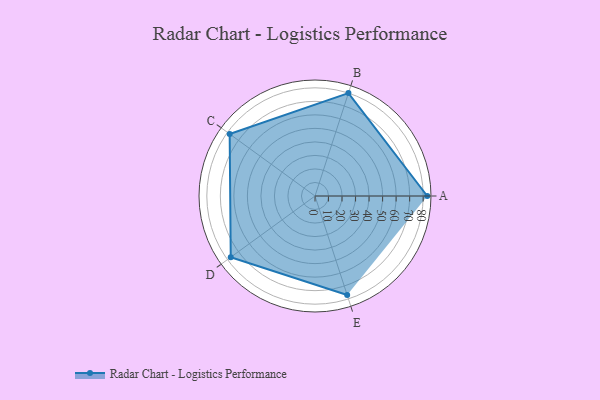
{"axis": {"x": "Skill", "y": "Score"}, "legend": ["Profile"], "data": [{"x": "A", "y": 83.0, "type": "Profile"}, {"x": "B", "y": 80.0, "type": "Profile"}, {"x": "C", "y": 78.0, "type": "Profile"}, {"x": "D", "y": 77.0, "type": "Profile"}, {"x": "E", "y": 77.0, "type": "Profile"}]}